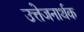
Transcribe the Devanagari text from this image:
उत्तेजनार्थक